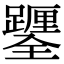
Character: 𨇎